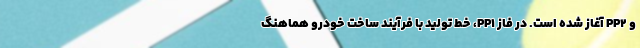
و PP2 آغاز شده است. در فاز PP1، خط تولید با فرآیند ساخت خودرو هماهنگ